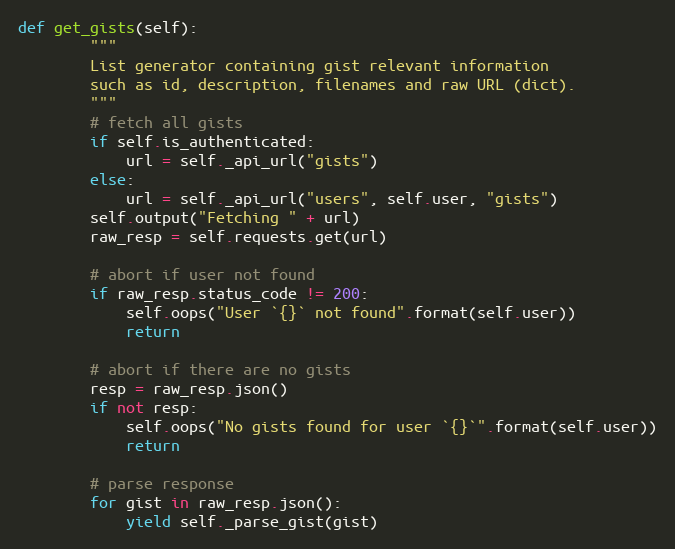
Language: Python
def get_gists(self):
        """
        List generator containing gist relevant information
        such as id, description, filenames and raw URL (dict).
        """
        # fetch all gists
        if self.is_authenticated:
            url = self._api_url("gists")
        else:
            url = self._api_url("users", self.user, "gists")
        self.output("Fetching " + url)
        raw_resp = self.requests.get(url)

        # abort if user not found
        if raw_resp.status_code != 200:
            self.oops("User `{}` not found".format(self.user))
            return

        # abort if there are no gists
        resp = raw_resp.json()
        if not resp:
            self.oops("No gists found for user `{}`".format(self.user))
            return

        # parse response
        for gist in raw_resp.json():
            yield self._parse_gist(gist)